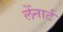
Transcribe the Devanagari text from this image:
लेंनार्ट